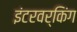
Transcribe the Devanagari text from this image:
इंटरवर्किंग